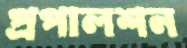
প্রপালশন